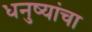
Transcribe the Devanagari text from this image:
धनुष्यांचा